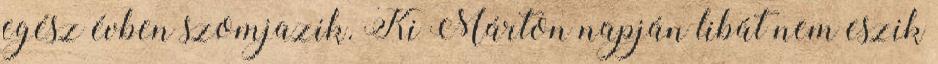
egész évben szomjazik. Ki Márton napján libát nem eszik